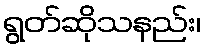
ရွတ်ဆိုသနည်း၊